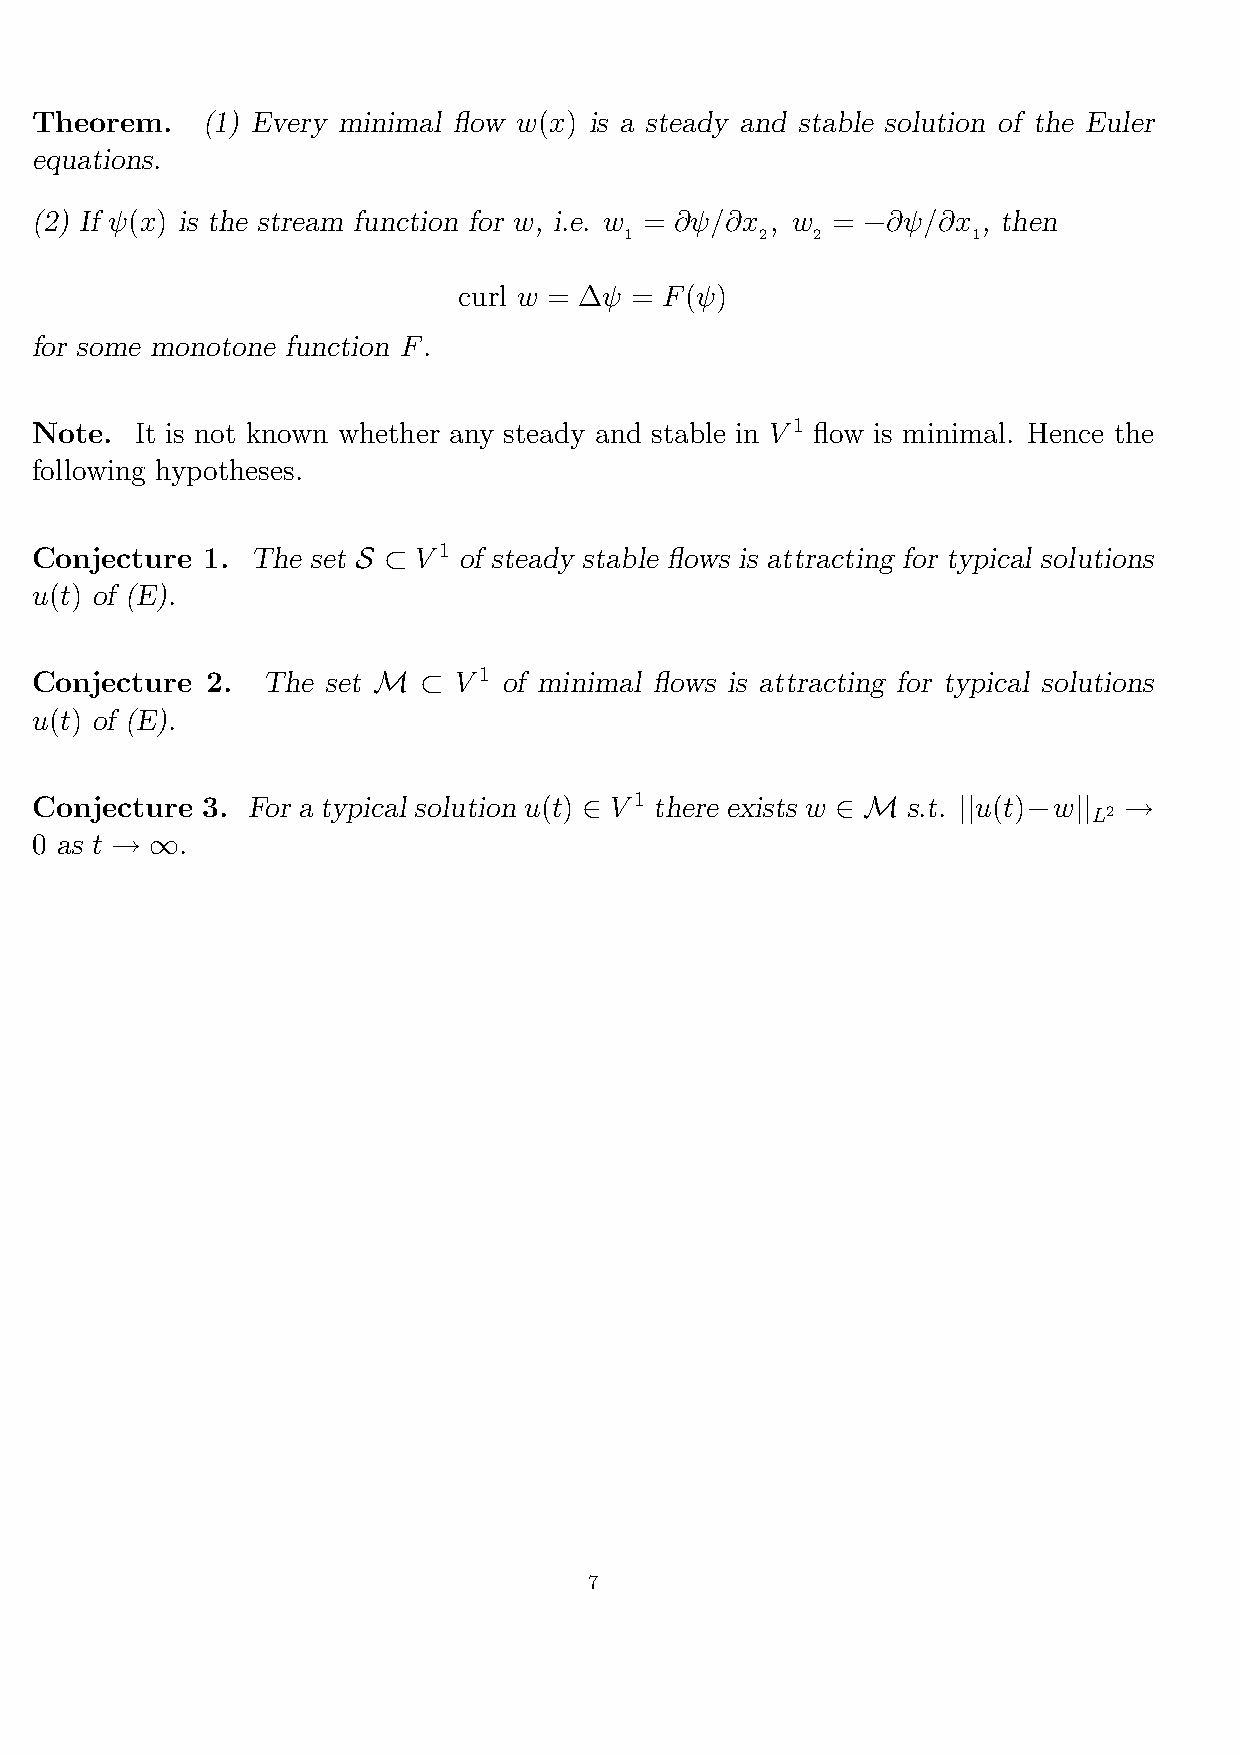
Theorem.   (1) Every minimal flow w(x) is a steady and stable solution of the Euler
 equations.
 (2) If ψ(x) is the stream function for w, i.e. w = ∂ψ/∂x , w = −∂ψ/∂x , then
 1        2   2         1
 curl w = ∆ψ = F(ψ)
 for some monotone function F.
 Note.  It is not known whether any steady and stable in V 1 flow is minimal. Hence the
 following hypotheses.
 Conjecture 1.  The set S ⊂ V 1 of steady stable flows is attracting for typical solutions
 u(t) of (E).
 Conjecture  2. The  set M ⊂ V 1 of minimal flows is attracting for typical solutions
 u(t) of (E).
 Conjecture 3. For a typical solution u(t) ∈ V 1 there exists w ∈ M s.t. ||u(t)−w|| →
 L2
 0 as t → ∞.
 7